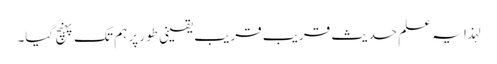
لہذا یہ علمِ حدیث قریب قریب یقینی طور پر ہم تک پہنچ گیا۔